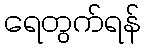
ရေတွက်ရန်